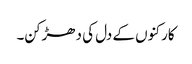
کارکنوں کے دل کی دھڑکن۔